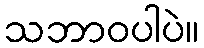
သဘာဝပါပဲ။